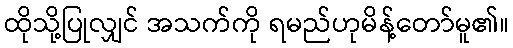
ထိုသို့ပြုလျှင် အသက်ကို ရမည်ဟုမိန့်တော်မူ၏။